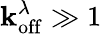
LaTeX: \mathbf{k}_{\mathrm{{off}}}^{\lambda}\gg1